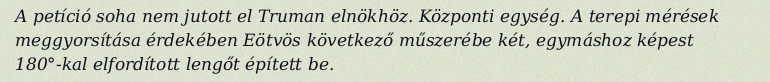
A petíció soha nem jutott el Truman elnökhöz. Központi egység. A terepi mérések meggyorsítása érdekében Eötvös következő műszerébe két, egymáshoz képest 180°-kal elfordított lengőt épített be.